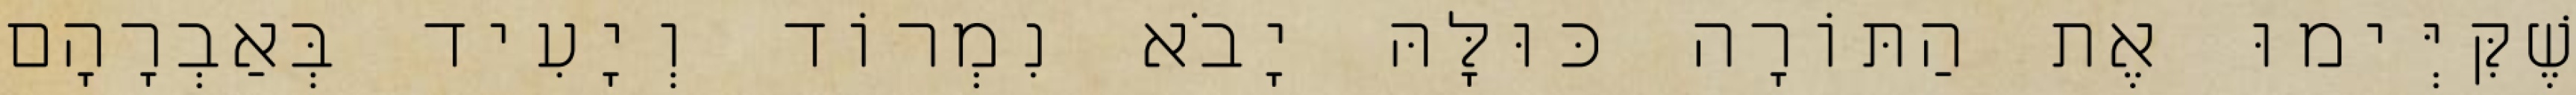
שֶׁקִּיְּימוּ אֶת הַתּוֹרָה כּוּלָּהּ יָבֹא נִמְרוֹד וְיָעִיד בְּאַבְרָהָם